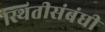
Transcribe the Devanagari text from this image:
स्थितीसंबंधी